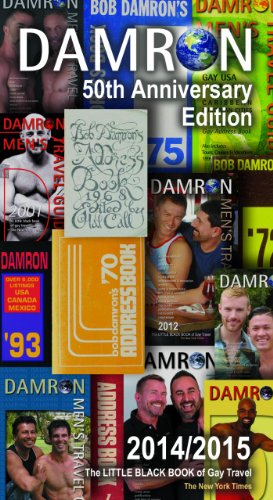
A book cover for Damron Men's Travel Guide: 50th Edition; Gina M. Gatta; Gay & Lesbian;